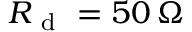
R _ { \mathrm { ~ d ~ } } = 5 0 \, \Omega